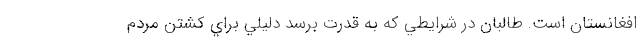
افغانستان است. طالبان در شرايطي كه به قدرت برسد دليلي براي كشتن مردم